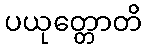
ပယုတ္တောတိ